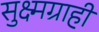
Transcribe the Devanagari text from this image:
सुक्ष्मग्राही